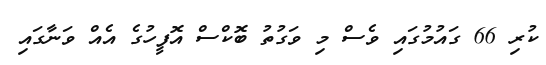
ކުރި 66 ގައުމުގައި ވެސް މި ވަގުތު ބޮކްސް އޮފީހުގެ އެއް ވަނާގައި